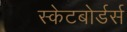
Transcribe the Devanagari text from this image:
स्केटबोर्डर्स